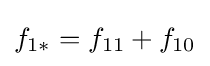
f_{1*}=f_{11}+f_{10}